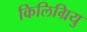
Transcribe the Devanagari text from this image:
किलिग्रियु